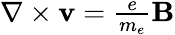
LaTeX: \begin{array}{r}{\nabla\times{\mathbf v}={\frac{e}{m_{e}}}{\mathbf B}}\end{array}